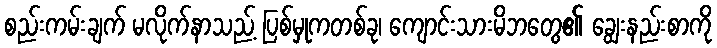
စည်းကမ်းချက် မလိုက်နာသည့် ပြစ်မှုကတစ်ခု၊ ကျောင်းသားမိဘတွေ၏ ချွေးနည်းစာကို